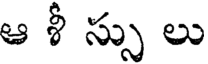
ఆ శీ స్సు లు